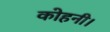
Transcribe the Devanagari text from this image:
कोहनी।